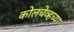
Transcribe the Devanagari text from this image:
कोलचेव्हच्या